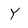
Character: Y